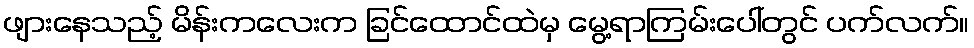
ဖျားနေသည့် မိန်းကလေးက ခြင်ထောင်ထဲမှ မွေ့ရာကြမ်းပေါ်တွင် ပက်လက်။